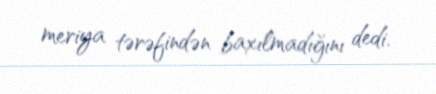
meriya tərəfindən baxılmadığını dedi.